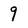
Character: 9